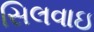
સિલવાઇ